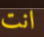
انت